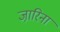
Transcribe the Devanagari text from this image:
जा़रिना